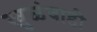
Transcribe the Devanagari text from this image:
खुळंवाडी